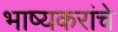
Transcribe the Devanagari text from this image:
भाष्यकरांचे